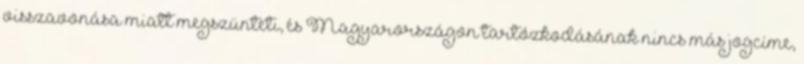
visszavonása miatt megszünteti, és Magyarországon tartózkodásának nincs más jogcíme,